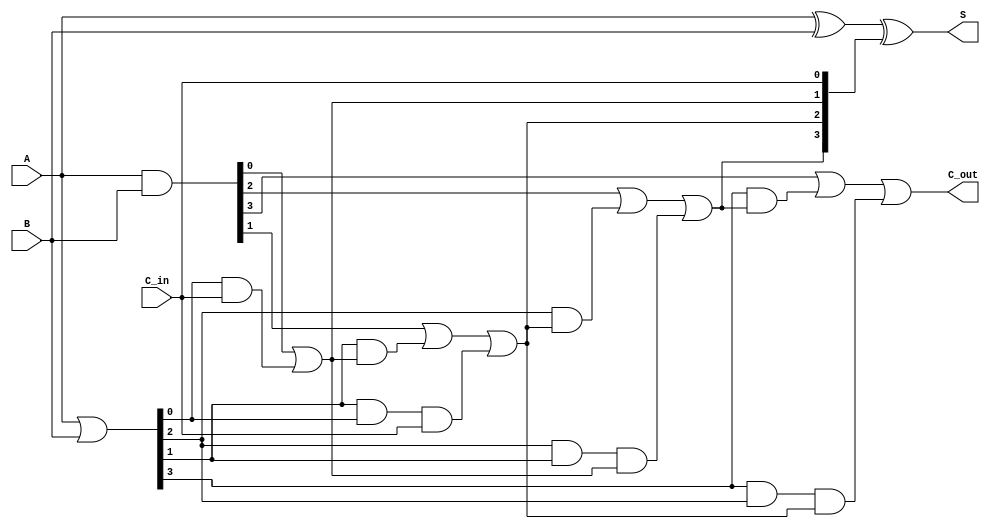
module carry_lookahead_adder #(parameter n = 4) (
    input  [n-1:0] A,      // First n-bit input
    input  [n-1:0] B,      // Second n-bit input
    input         C_in,     // Carry-in input
    output [n-1:0] S,      // n-bit sum output
    output        C_out     // Carry-out output
);

    // Generate and Propagate signals
    wire [n-1:0] G; // Generate signals
    wire [n-1:0] P; // Propagate signals
    wire [n:0] C;   // Carry signals

    // Generate and Propagate Logic
    assign G = A & B;          // G[i] = A[i] & B[i]
    assign P = A | B;          // P[i] = A[i] | B[i]

    // Carry Logic
    assign C[0] = C_in; // C[0] = C_in
    genvar i;
    generate
        for (i = 0; i < n; i = i + 1) begin : carry_logic
            if (i == 0) begin
                assign C[i + 1] = G[i] | (P[i] & C[i]); // C[1] = G[0] | (P[0] & C_in)
            end else begin
                assign C[i + 1] = G[i] | (P[i] & C[i]) | (P[i] & P[i-1] & C[i-1]); // General case
            end
        end
    endgenerate

    // Sum Logic
    assign S = A ^ B ^ C[n-1:0]; // S[i] = A[i] ^ B[i] ^ C[i]

    // Carry-out output
    assign C_out = C[n]; // C_out = C[n]

endmodule